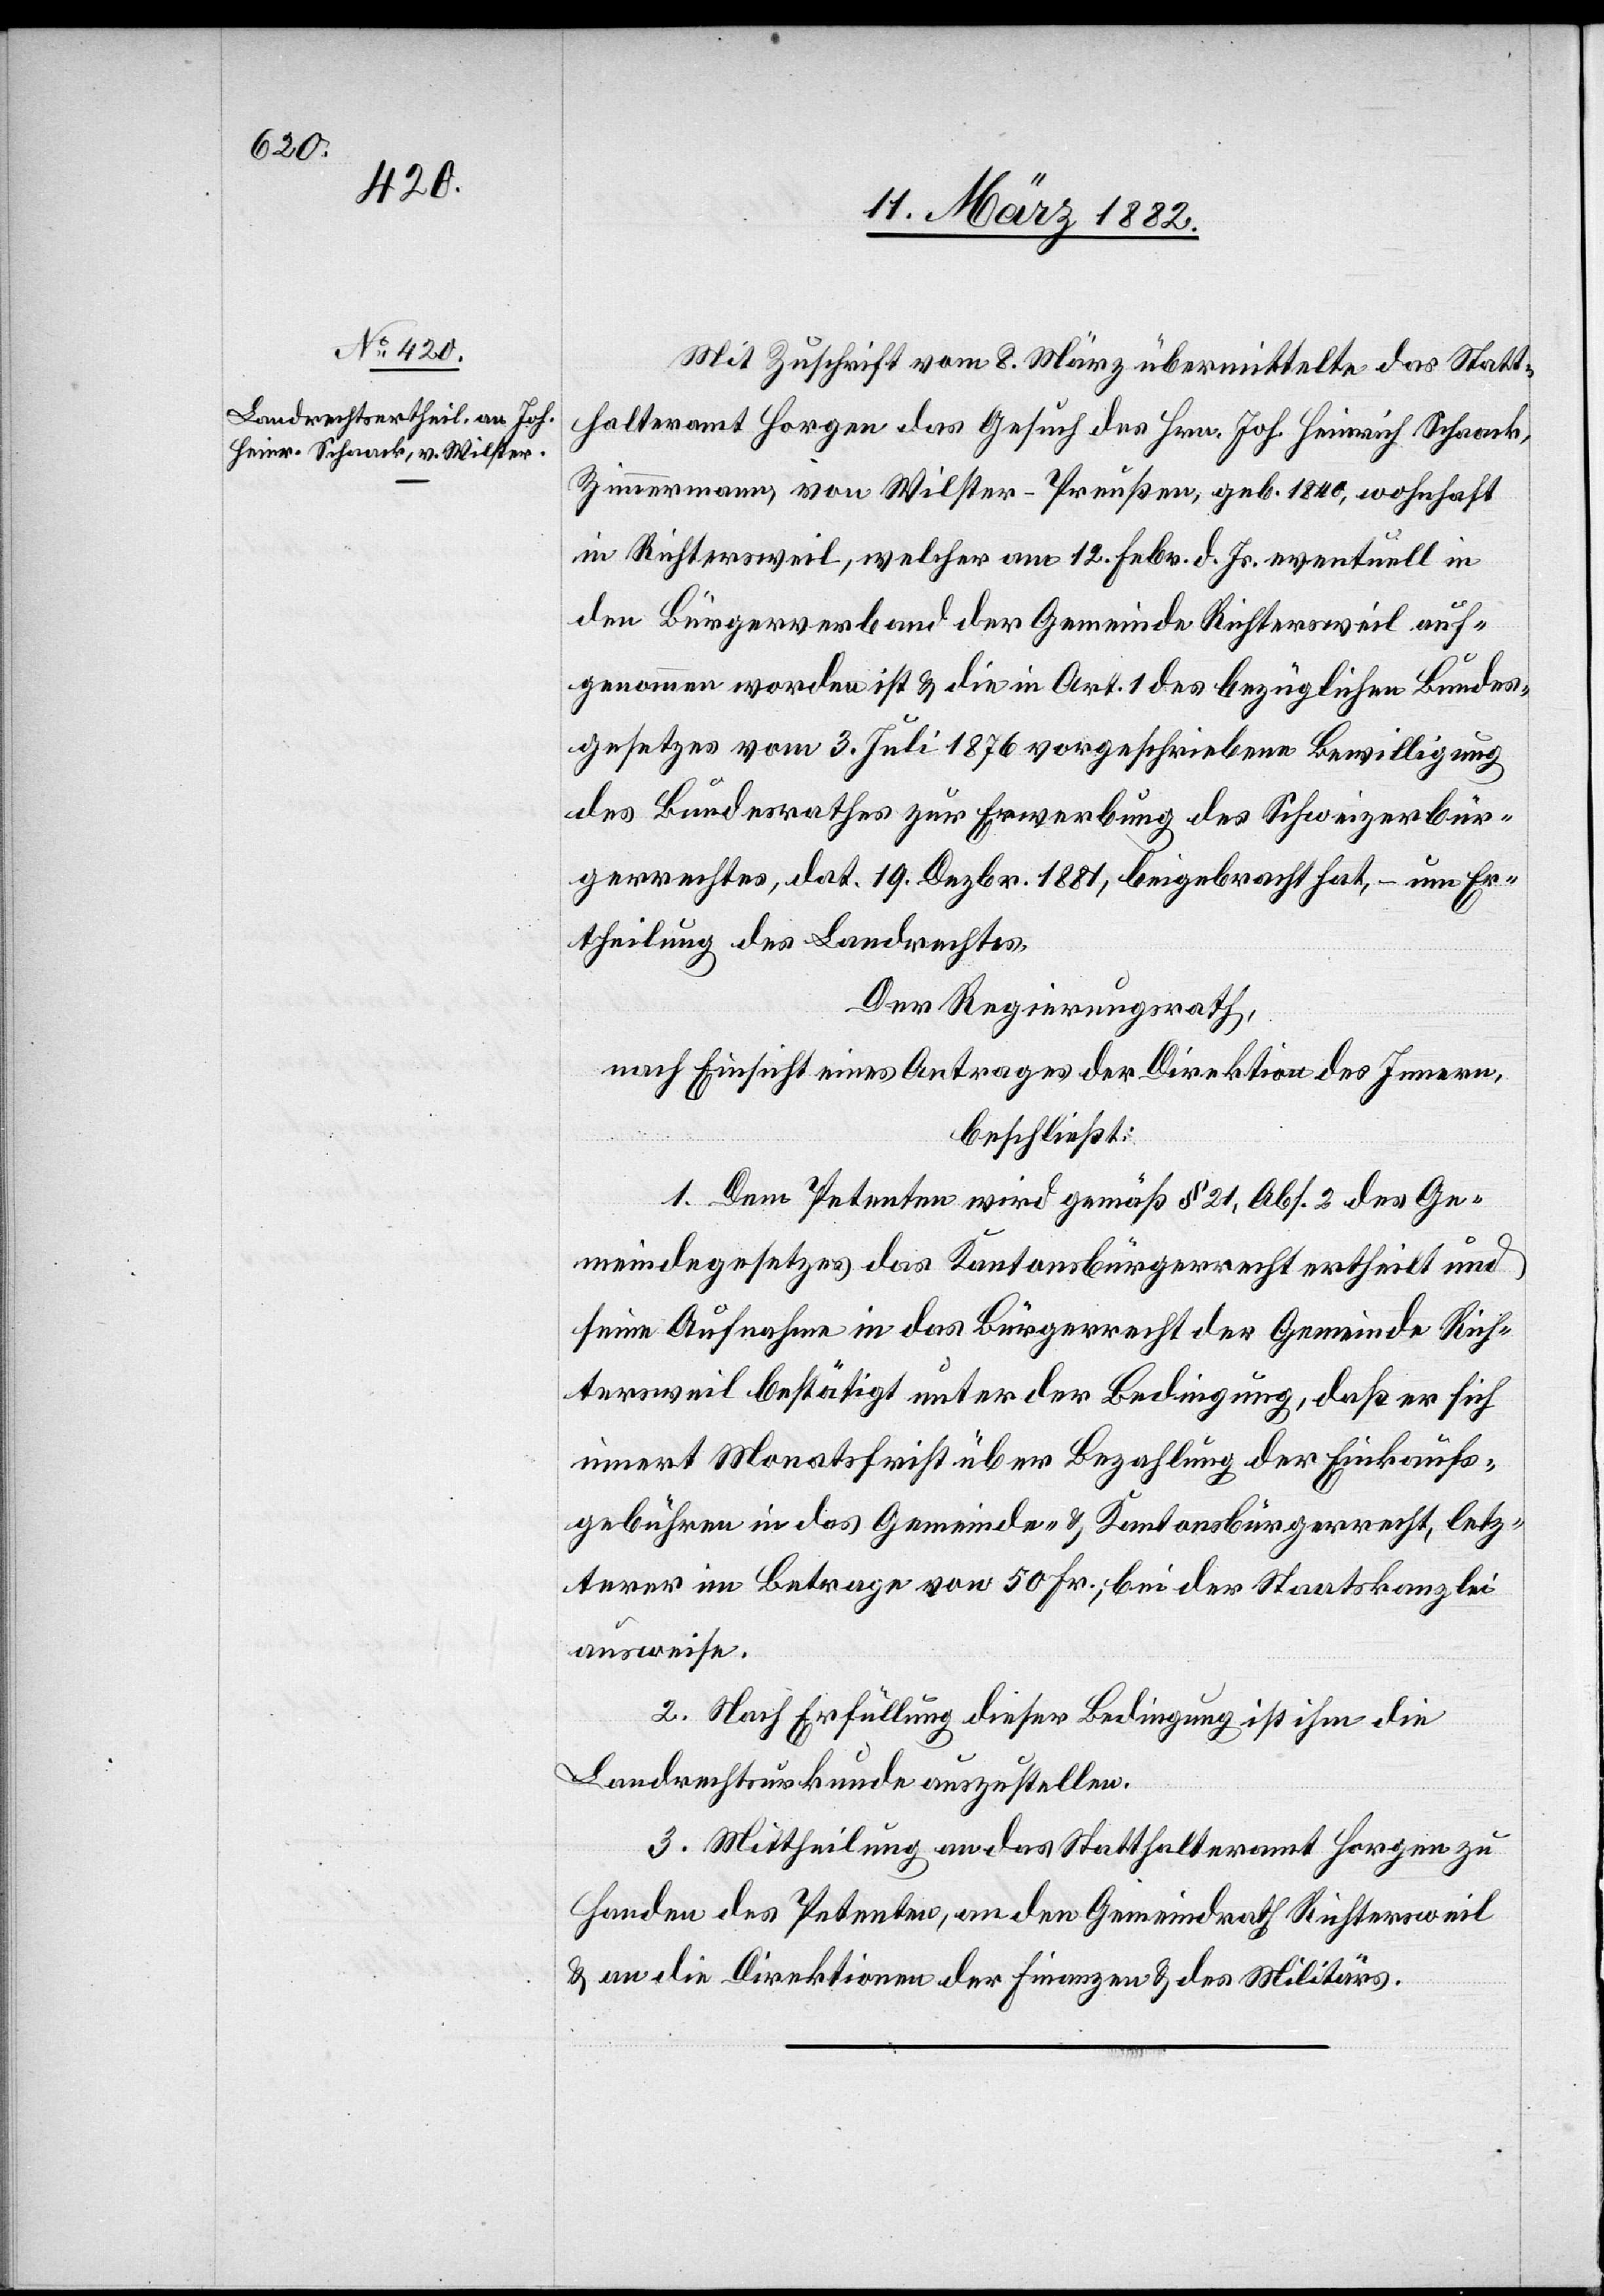
Mit Zuschrift vom 8. März übermittelte das Statt¬
halteramt Horgen das Gesuch des Hrn. Joh. Heinrich Schaack,
Zimmermann, von Wilster - Preußen, geb. 1840, wohnhaft
in Richtersweil, welcher am 12. Febr. d. Js. eventuell in
den Bürgerverband der Gemeinde Richtersweil auf¬
genommen worden ist & die in Art. 1 des bezüglichen Bundes¬
gesetzes vom 3. Juli 1876 vorgeschriebene Bewilligung
des Bundesrathes zur Erwerbung des Schweizerbür¬
gerrechtes, dat. 19. Dezbr. 1881, beigebracht hat, – um Er¬
theilung des Landrechtes.
Der Regierungsrath,
nach Einsicht eines Antrages der Direktion des Innern,
beschließt:
1. Dem Petenten wird gemäß § 21, Abs. 2 des Ge¬
meindgesetzes das Kantonsbürgerrecht ertheilt und
seine Aufnahme in das Bürgerrecht der Gemeinde Rich¬
tersweil bestätigt unter der Bedingung, daß er sich
innert Monatsfrist über Bezahlung der Einkaufs¬
gebühren in das Gemeinde- & Kantonsbürgerrecht, letz¬
terer im Betrage von 50 Fr., bei der Staatskanzlei
ausweise.
2. Nach Erfüllung dieser Bedingung ist ihm die
Landrechtsurkunde auszustellen.
3. Mittheilung an das Statthalteramt Horgen zu
Handen des Petenten, an den Gemeindrath Richtersweil
& an die Direktionen der Finanzen & des Militärs.